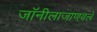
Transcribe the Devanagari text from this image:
जॉनीलाजाणवले